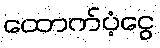
ထောက်ပံ့ငွေ